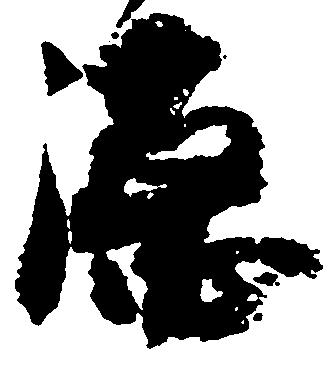
徳